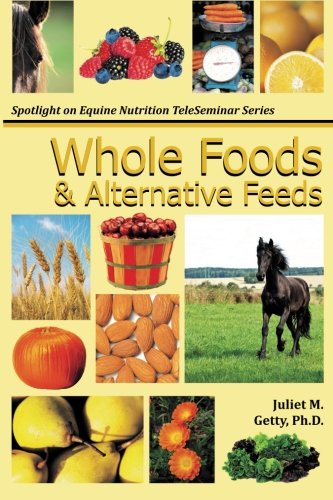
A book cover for Whole Foods and Alternative Feeds (Spotlight on Equine Nutrition Teleseminar Series) (Volume 4); Juliet M. Getty Ph.D.; Cookbooks, Food & Wine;